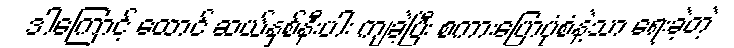
ဒါကြောင့် ထောင် ဆယ်နှစ်နီးပါး ကျခဲ့ပြီး စကားပြောပုံစံနဲ့သာ ရေးခဲ့တဲ့